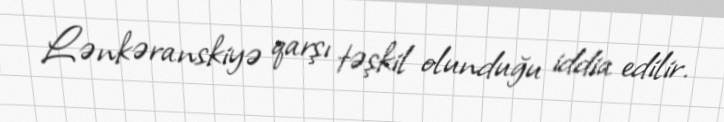
Lənkəranskiyə qarşı təşkil olunduğu iddia edilir.